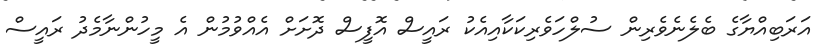
އަރަބިއްޔާގެ ބެލެނެވެރިން ސުލްހަވެރިކަކާއިއެކު ރައީސް އޮފީސް ދޮށަށް އެއްވުމުން އެ މީހުންނާމެދު ރައީސް